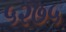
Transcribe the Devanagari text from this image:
५२७५